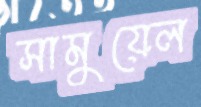
সামুয়েল